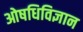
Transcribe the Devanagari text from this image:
ओषधिविज्ञान